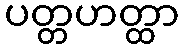
ပတ္တဟတ္ထာ